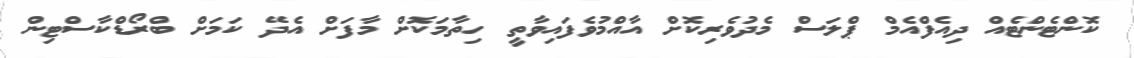
ކޮންޓެންޓެއް ދިއެފްއެމް ޕްލަސް މެދުވެރިކޮށް އާއްމުވެފައިވާތީ ހިތާމަކޮށް މާފަށް އެދޭ ކަމަށް ބްރޯޑްކާސްޓިން